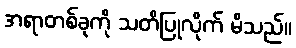
အရာတစ်ခုကို သတိပြုလိုက် မိသည်။